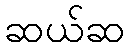
ဆယ်ဆ